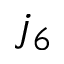
j _ { 6 }